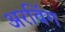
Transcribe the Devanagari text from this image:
अरविंग